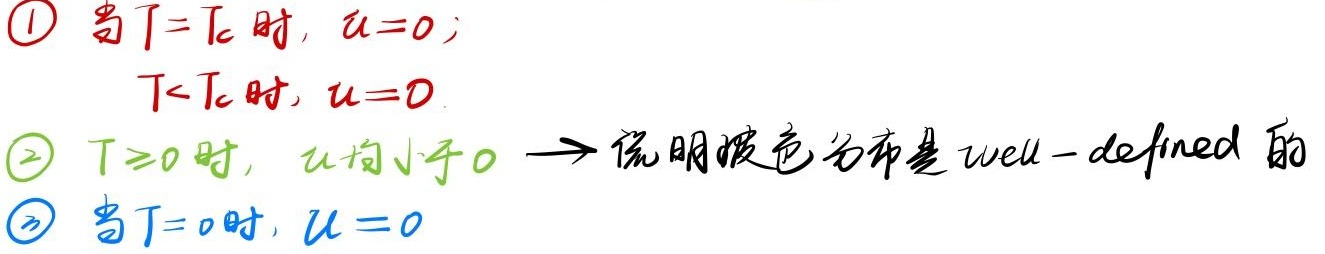
\textcircled{1} 当 \(T = T_c\) 时，\(u = 0\)；\(T < T_c\) 时，\(u = 0\)。\textcircled{2} \(T\geq0\) 时，\(u\)均小于 \(0\)，这表明玻色分布是 \(\text{well - defined}\) 的。\textcircled{3} 当 \(T = 0\) 时，\(u = 0\)。